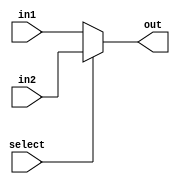
`ifndef MODULE_MUX
`define MODULE_MUX


`timescale 1ns / 1ps
//////////////////////////////////////////////////////////////////////////////////
// Company: 
// Engineer: 
// 
// Design Name: 
// Module Name: mux
// Project Name: 
// Target Devices: 
// Tool Versions: 
// Description: 
// 
// Dependencies: 
// 
// Revision:
// Revision 0.01 - File Created
// Additional Comments:
// 
//////////////////////////////////////////////////////////////////////////////////


module mux(in1, in2, select, out);
    parameter max = 31;
    input [max:0] in1, in2;
    input select;
    output [max:0] out;

    assign out = (select == 0) ? in1 : in2;

endmodule

`endif